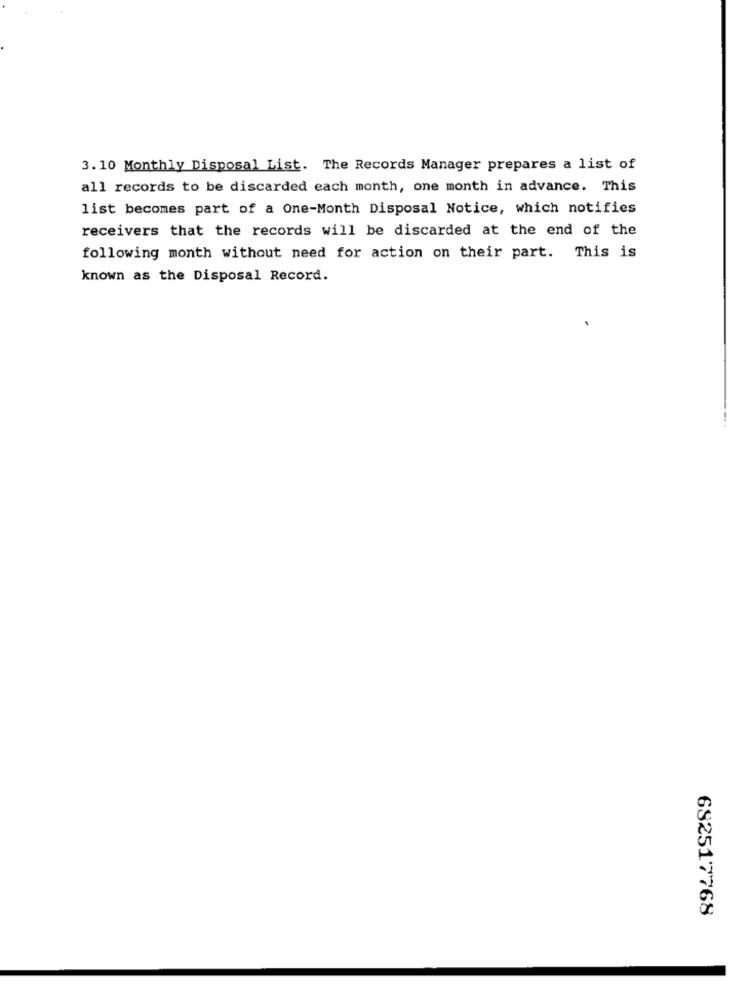
3.10 Monthly Disposal List. The Records Manager prepares a list of
all records to be discarded each month, one month in advance. This
list becomes part of a One-Month Disposal Notice, which notifies
receivers that the records will be discarded at the end of the
following month without need for action on their part. This is
known as the Disposal Record.
682517768